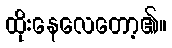
ထိုးနေလေတော့၏။